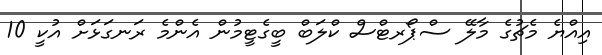
އިއްޔެ މެޗުގެ މާލޭ ސްޕޯރޓްސް ކްލަބް ބީގެޓީމުން އެންމެ ރަނގަޅަށް އުކީ 10